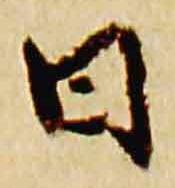
日